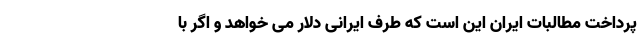
پرداخت مطالبات ایران این است که طرف ایرانی دلار می خواهد و اگر با